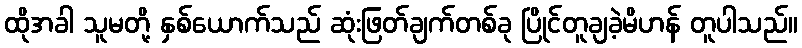
ထိုအခါ သူမတို့ နှစ်ယောက်သည် ဆုံးဖြတ်ချက်တစ်ခု ပြိုင်တူချခဲ့မိဟန် တူပါသည်။